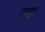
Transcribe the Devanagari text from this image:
रगपुर